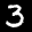
Label: 3